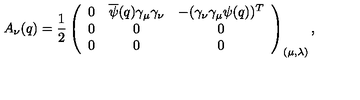
A _ { \nu } ( q ) = \frac { 1 } { 2 } \left( \begin{array} { c c c } { 0 } & { \overline { \psi } ( q ) \gamma _ { \mu } \gamma _ { \nu } } & { - ( \gamma _ { \nu } \gamma _ { \mu } \psi ( q ) ) ^ { T } } \\ { 0 } & { 0 } & { 0 } \\ { 0 } & { 0 } & { 0 } \\ \end{array} \right) _ { ( \mu , \lambda ) } ,